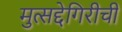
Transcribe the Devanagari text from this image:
मुत्सद्देगिरीची